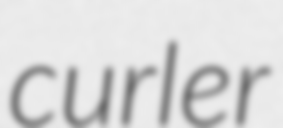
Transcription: curler